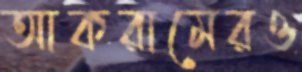
আকরামেরও